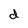
Character: d